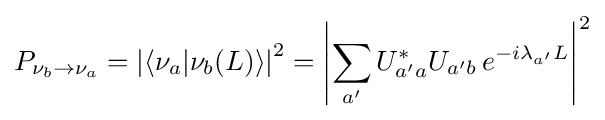
P_{\nu _{b}\rightarrow \nu _{a}}=\left|\left\langle \nu _{a}|\nu _{b}(L)\right\rangle \right|^{2}=\left|\sum _{a'}U_{a'a}^{*}U_{a'b}\,e^{-i\lambda _{a'}L}\right|^{2}